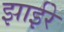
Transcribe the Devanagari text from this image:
झाईरे